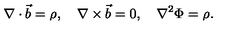
\nabla \cdot \vec { b } = \rho , \quad \nabla \times \vec { b } = 0 , \quad \nabla ^ { 2 } \Phi = \rho .